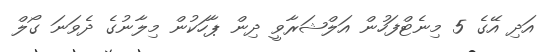
އަދި އޭގެ 5 މިނެޓްފަހުން އަލްޝަރާވީ ދިން ޕާހަކުން މިލާނުގެ ދެވަނަ ގޯލް